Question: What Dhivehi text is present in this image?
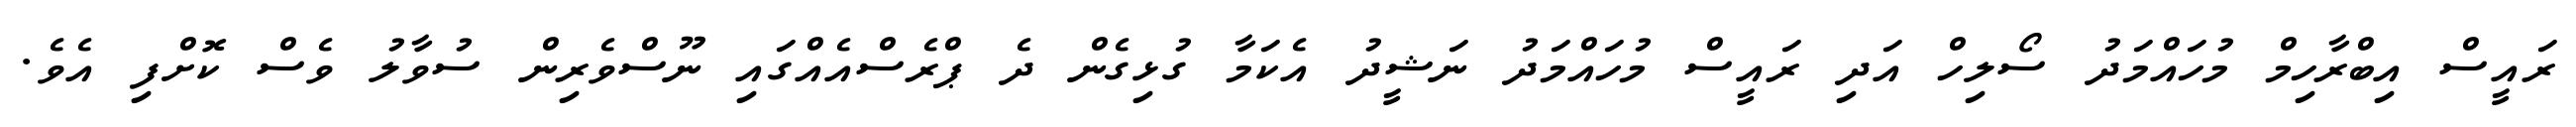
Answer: ރައީސް އިބްރާހިމް މުހައްމަދު ސޯލިހް އަދި ރައީސް މުހައްމަދު ނަޝީދު އެކަމާ ގުޅިގެން ދެ ޕްރެސްއެއްގައި ނޫސްވެރިން ސުވާލު ވެސް ކޮށްފި އެވެ.